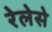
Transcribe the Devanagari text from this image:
रेलेसे